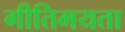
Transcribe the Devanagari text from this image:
गीतिमयता